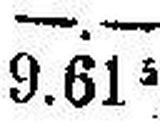
9.615